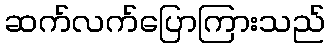
ဆက်လက်ပြောကြားသည်